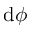
\mathrm { d } \phi